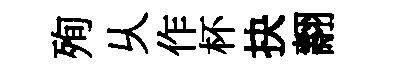
殉乆作杯抉翿